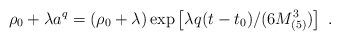
LaTeX: \begin{align*}\rho_0 + \lambda a^q = \left(\rho_0+ \lambda\right)\exp \left[ \lambda q (t-t_0)/(6M^3_{(5)})\right]\ .\end{align*}